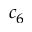
c _ { 6 }